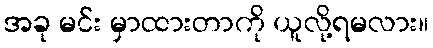
အခု မင်း မှာထားတာကို ယူလို့ရမလား။